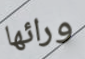
ورائها